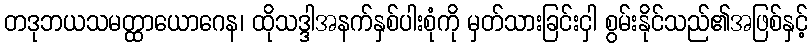
တဒုဘယသမတ္ထာယောဂေန၊ ထိုသဒ္ဒါအနက်နှစ်ပါးစုံကို မှတ်သားခြင်းငှါ စွမ်းနိုင်သည်၏အဖြစ်နှင့်